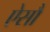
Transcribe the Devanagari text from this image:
ऐसौ